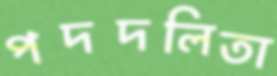
পদদলিতা